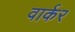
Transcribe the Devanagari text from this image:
वार्कर